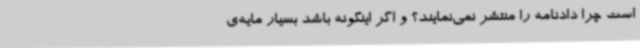
است چرا دادنامه را منتشر نمی‌نمایند؟ و اگر اینگونه باشد بسیار مایه‌ی